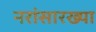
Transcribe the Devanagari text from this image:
नरांसारख्या